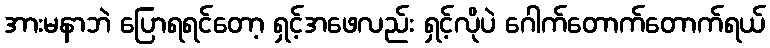
အားမနာဘဲ ပြောရရင်တော့ ရှင့်အဖေလည်း ရှင့်လိုပဲ ဂေါက်တောက်တောက်ရယ်